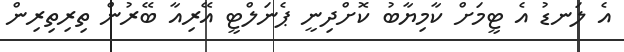
އެ ލަނޑު އެ ޓީމަށް ކާމިޔާބު ކޮށްދިނީ ޕެނަލްޓީ އޭރިއާ ބޭރުން ތިރިތިރިން